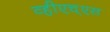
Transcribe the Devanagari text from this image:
व्हीएच्‌एस